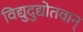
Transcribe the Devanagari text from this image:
विद्युदुद्योतवान्